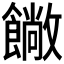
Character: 𩞥